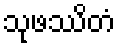
သုဖဿိတံ